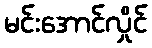
မင်းအောင်လှိုင်